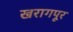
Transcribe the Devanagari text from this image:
खरागपूर